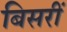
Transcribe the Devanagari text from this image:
बिसरीं